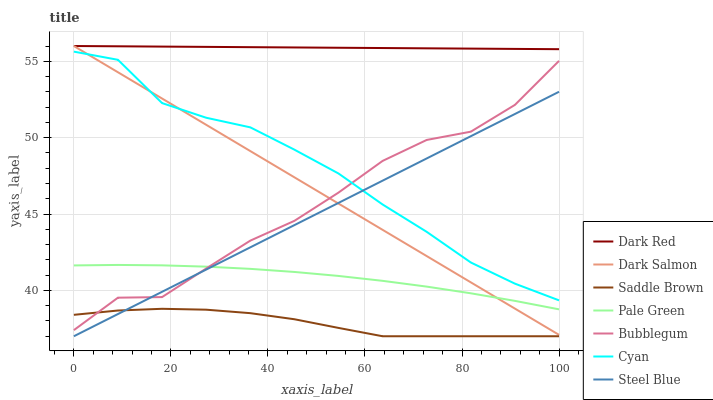
| xaxis_label | Dark Red | Dark Salmon | Saddle Brown | Pale Green | Bubblegum | Cyan | Steel Blue |
 | --- | --- | --- | --- | --- | --- | --- | --- |
 | 0 | 56 | 56 | 38.4 | 41.6 | 37.4 | 55.6 | 37 |
 | 9.09 | 56 | 54.3 | 38.7 | 41.7 | 39.5 | 55.1 | 38.5 |
 | 18.2 | 56 | 52.6 | 38.8 | 41.6 | 39.6 | 52.3 | 39.9 |
 | 27.3 | 55.9 | 50.8 | 38.7 | 41.6 | 41.4 | 51.3 | 41.4 |
 | 36.4 | 55.9 | 49.1 | 38.5 | 41.4 | 43.3 | 50.7 | 42.8 |
 | 45.5 | 55.9 | 47.4 | 38.1 | 41.2 | 44.6 | 49.2 | 44.3 |
 | 54.5 | 55.9 | 45.7 | 37.5 | 40.9 | 46.4 | 47.7 | 45.7 |
 | 63.6 | 55.9 | 44 | 37 | 40.6 | 48.5 | 45.6 | 47.2 |
 | 72.7 | 55.8 | 42.2 | 37 | 40.2 | 49.9 | 43.8 | 48.6 |
 | 81.8 | 55.8 | 40.5 | 37 | 39.8 | 50.4 | 41.8 | 50.1 |
 | 90.9 | 55.8 | 38.8 | 37 | 39.3 | 52.1 | 40.4 | 51.6 |
 | 100 | 55.8 | 37.1 | 37 | 38.8 | 55 | 39.3 | 53 |